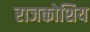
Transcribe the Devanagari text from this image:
राजकोशिय